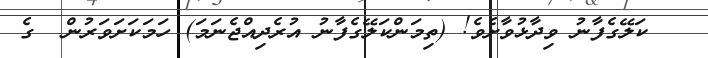
ކަލޭގެފާނު ވިދާޅުވާށެވެ! (ތިމަންކަލޭގެފާނު އުރެދިއްޖެނަމަ) ހަމަކަށަވަރުން  ގެ